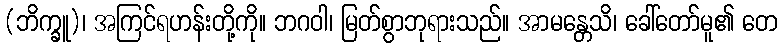
(ဘိက္ခူ)၊ အကြင်ရဟန်းတို့ကို။ ဘဂဝါ၊ မြတ်စွာဘုရားသည်။ အာမန္တေသိ၊ ခေါ်တော်မူ၏ တေ